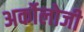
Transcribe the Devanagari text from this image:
अर्कोलोजी